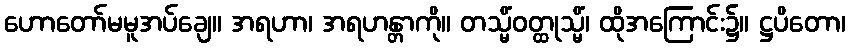
ဟောတော်မမူအပ်ချေ။ အရဟာ၊ အရဟန္တာကို။ တသ္မိံဝတ္ထုသ္မိံ၊ ထိုအကြောင်း၌။ ဋ္ဌပိတော၊